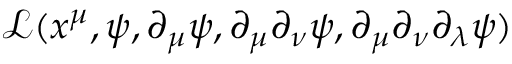
\mathcal L ( x ^ { \mu } , \psi , \partial _ { \mu } \psi , \partial _ { \mu } \partial _ { \nu } \psi , \partial _ { \mu } \partial _ { \nu } \partial _ { \lambda } \psi )